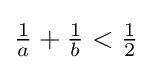
{\tfrac {1}{a}}+{\tfrac {1}{b}}<{\tfrac {1}{2}}